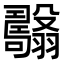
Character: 𦒯